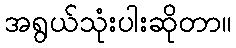
အရွယ်သုံးပါးဆိုတာ။